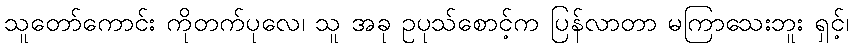
သူတော်ကောင်း ကိုတက်ပုလေ၊ သူ အခု ဥပုသ်စောင့်က ပြန်လာတာ မကြာသေးဘူး ရှင့်၊